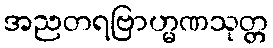
အညတရဗြာဟ္မဏသုတ္တ